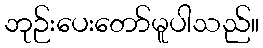
ဘုဉ်းပေးတော်မူပါသည်။